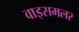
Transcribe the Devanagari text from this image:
वाइसमलर